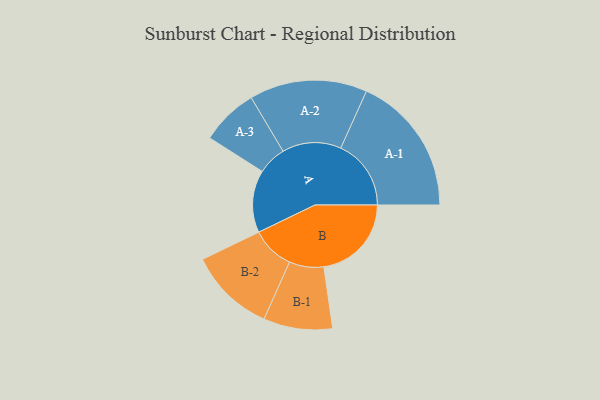
{"axis": {"x": "Segment", "y": "Value"}, "legend": ["", "A", "B"], "data": [{"x": "A", "y": 235, "type": ""}, {"x": "B", "y": 330, "type": ""}, {"x": "A-1", "y": 265, "type": "A"}, {"x": "A-2", "y": 222, "type": "A"}, {"x": "A-3", "y": 108, "type": "A"}, {"x": "B-1", "y": 130, "type": "B"}, {"x": "B-2", "y": 162, "type": "B"}]}